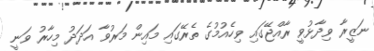
ނަޒީރާ ވިދާޅުވީ ރާއްޖޭގައި ވިހެއުމުގެ ތެރޭގައި މައިން މަރުވާ އަދަދު މިހާރު ވަނީ